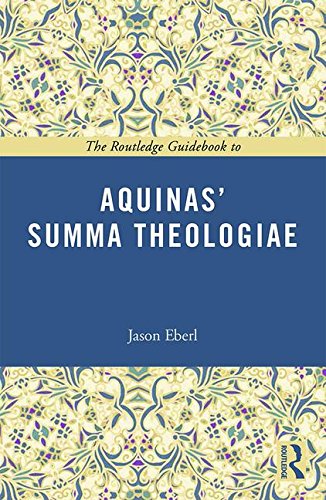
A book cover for The Routledge Guidebook to Aquinas' Summa Theologiae (The Routledge Guides to the Great Books); Jason T Eberl; Politics & Social Sciences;